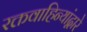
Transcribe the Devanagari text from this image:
रक्तवाहिन्यांद्वारे